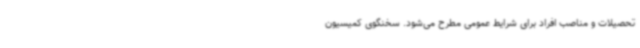
تحصیلات و مناصب افراد برای شرایط عمومی مطرح می‌شود. سخنگوی کمیسیون